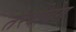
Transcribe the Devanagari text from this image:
तरदीबेग